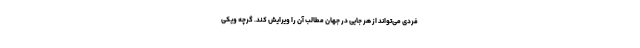
فردی می‌تواند از هر جایی در جهان مطالب آن را ویرایش کند. گرچه ویکی